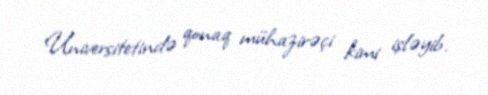
Universitetində qonaq mühazirəçi kimi işləyib.